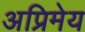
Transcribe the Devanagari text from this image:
अप्रिमेय